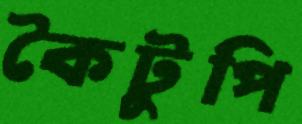
কৈটুপি